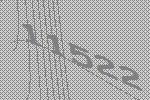
11522